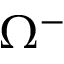
\Omega ^ { - }